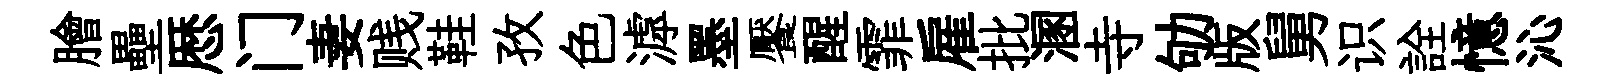
膾壘厯门妻贱鞋孜色滹墨饜醒霏雇批溷寺劬版舅识詮憶沁